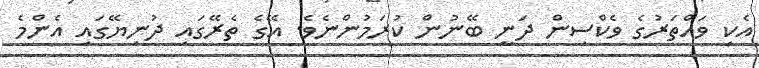
އެކި ވައްތަރުގެ ވެކްސިން ދަނީ ބޭނުން ކުރަމުންނެވެ. އޭގެ ތެރޭގައި ދުނިޔޭގައި އެންމެ